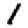
Digit: 1